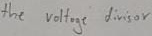
Text: the voltage divisor